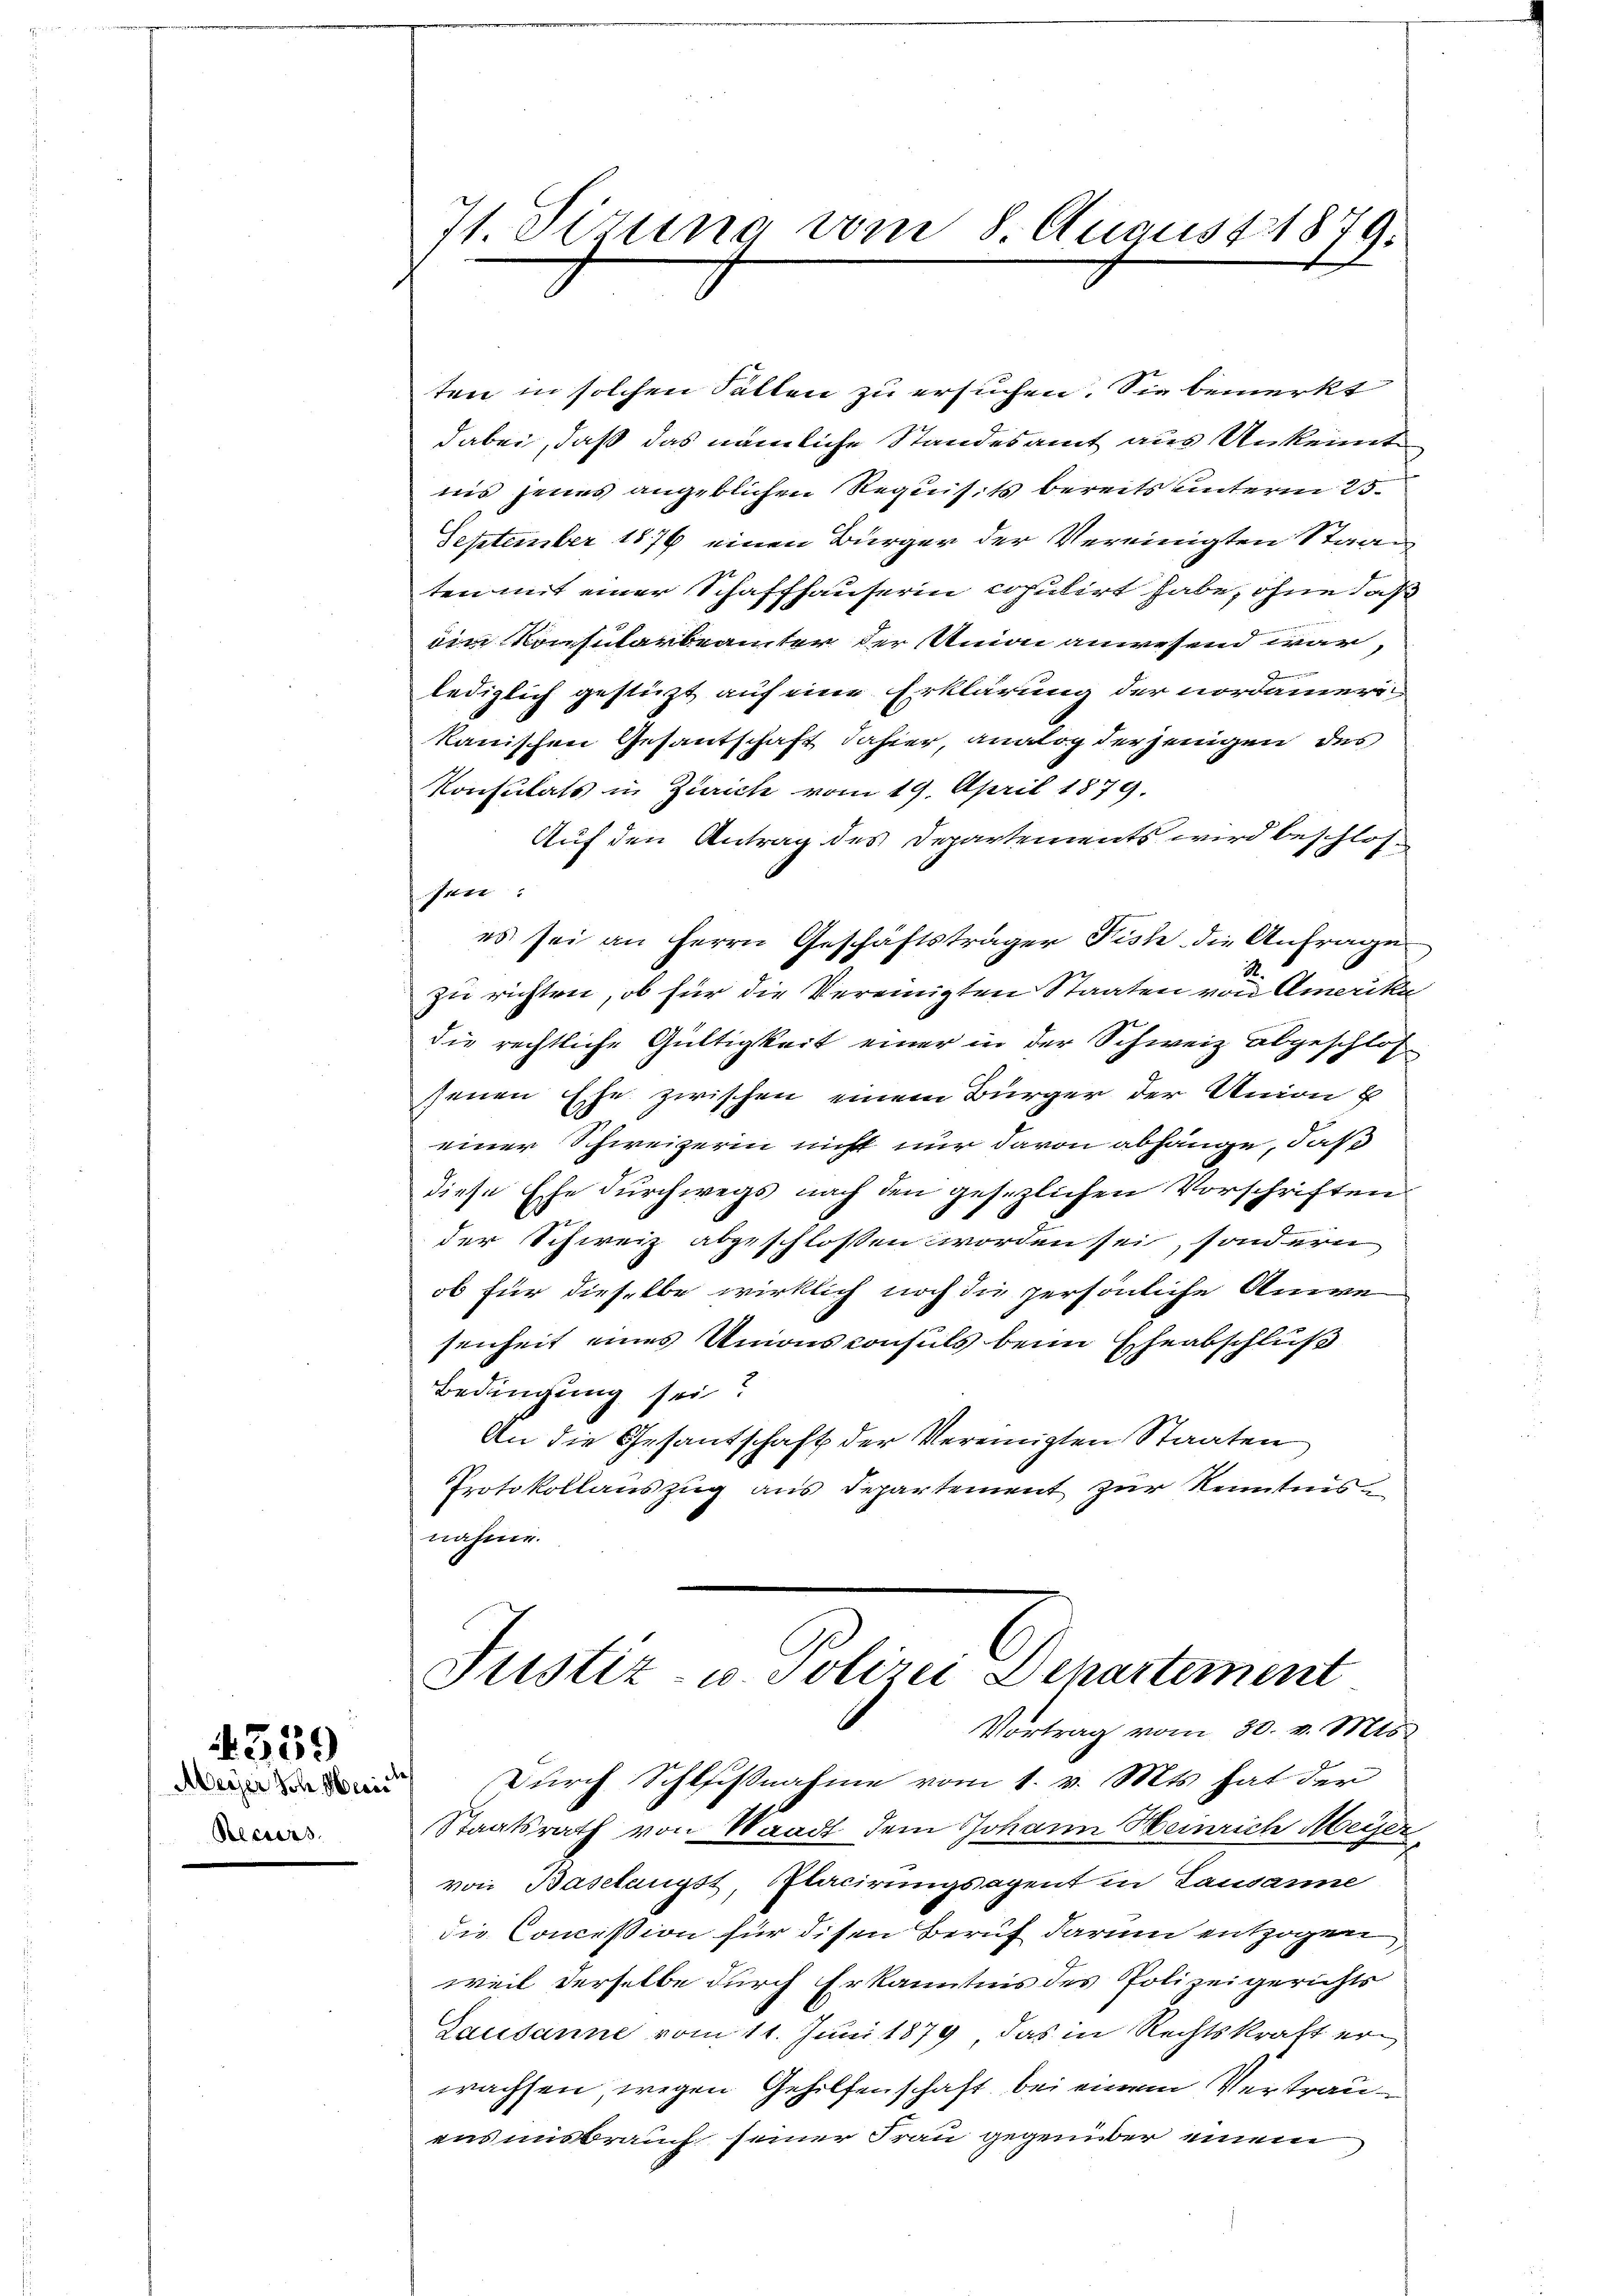
Recurs

359
Meyer Joh. Meri

71. Sizung vom 8 August 1879:
e

ten in solchen Fallen zu ersuchen. Sie bemerkt
dabei, daß das nämliche Standesamt aus Unkennt
iis jenes angeblichen Requisits bereits unterm 25.
September 1876 einen Bürger der Vereinigten Staan
ten mit einer Schaffhauserin copulirt habe, ohne daß
iin Konsularbeamter der Union anwesend war,
n
lediglich gestützt auf eine Erklärung der nordamerikanischen Gesantschaft dahier, analog der jenigen des
Konsulats in Zürich vom 19. April 1879.
Auf den Antrag des Departements wird beschlossen:
es sei an Herrn Geschäftsträger Fisch die Anfrage,
zu richten, ob für die Vereinigten Staaten von Amerika
die rechtliche Gültigkeit einer in der Schweiz abgeschlossenen Ehe zwischen einem Bürger der Union b
einer Schweizerin nicht nur davon abhänge, daß
diese Ehe durchwegs nach den gesezlichen Vorschriften
der Schweiz abgeschlossen worden sei, sondern
ob für dieselbe wirklich noch die persönliche Anwe
senheit eines Unionsconsuls beim Eheabschluß
Bedingung sei?
An die Gesantschaft der Vereinigten Staaten
Protokollauszug aus Departement zur Kenntnis
nahme.
Justiz- u. Polizei Departement
Vortrag vom 30. v. Mts.
Durch Schlußnahme vom 1. v. Mts. hat der
Staatsrath von Waadt dem Johann Heinrich Meyer
von Baselangst, Placirungsagent in Lausanne
die Concission für disen Beruf darum entzogen
weil derselbe durch Erkanntnis des Polizeigerichts
Lausanne vom 11. Juni 1879, das in Rechtskraft erwachsen wegen Gehilfenschaft bei einem Vertrauans unsbrauch seiner Frau gegenüber einem